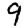
Digit: 9